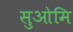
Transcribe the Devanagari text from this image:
सुओमि